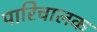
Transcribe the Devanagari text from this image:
पारिचालक